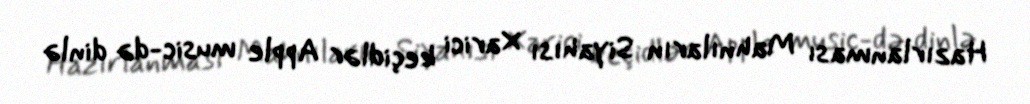
Hazırlanması Mahnıların Siyahısı Xarici keçidlər Apple music-də dinlə